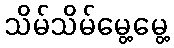
သိမ်သိမ်မွေ့မွေ့